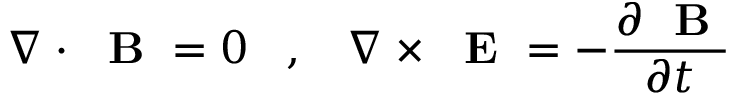
\nabla \cdot \mathrm { ~ \bf ~ B ~ } = 0 \; \; \; , \; \; \; \nabla \times \mathrm { ~ \bf ~ E ~ } = - \frac { \partial \mathrm { ~ \bf ~ B ~ } } { \partial t }